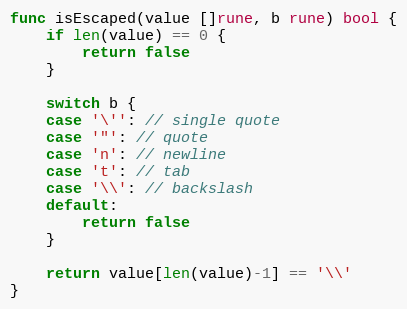
Language: Go
func isEscaped(value []rune, b rune) bool {
	if len(value) == 0 {
		return false
	}

	switch b {
	case '\'': // single quote
	case '"': // quote
	case 'n': // newline
	case 't': // tab
	case '\\': // backslash
	default:
		return false
	}

	return value[len(value)-1] == '\\'
}